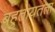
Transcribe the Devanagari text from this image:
बहुतायतता